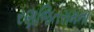
રણજિતરામના